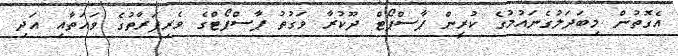
އެގޮތުން މިބަދަލުގެނައުމުގެ ކުރީން ޕާސްޕޯޓް ދޫކުރާ ވަގުތު ޕާސްޕޯޓްގެ ވެރިފަރާތުގެ ވައަތާއި އަދި